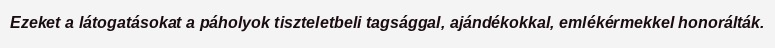
Ezeket a látogatásokat a páholyok tiszteletbeli tagsággal, ajándékokkal, emlékérmekkel honorálták.